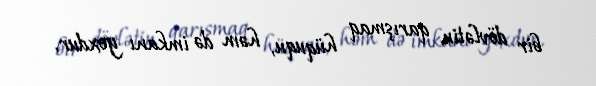
bir dövlətin qarışmaq hüququ, həm də imkanı yoxdur.